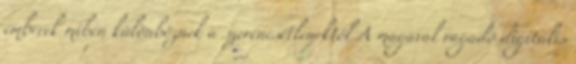
emberek miben különböznek a szerencsétlenektől A magával ragadó digitális